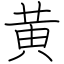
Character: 黄